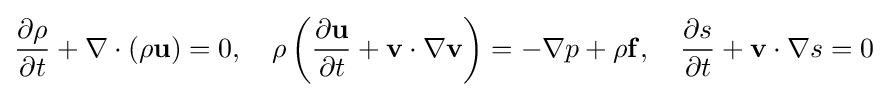
{\frac {\partial \rho }{\partial t}}+\nabla \cdot (\rho \mathbf {u} )=0,\quad \rho \left({\frac {\partial \mathbf {u} }{\partial t}}+\mathbf {v} \cdot \nabla \mathbf {v} \right)=-\nabla p+\rho \mathbf {f} ,\quad {\frac {\partial s}{\partial t}}+\mathbf {v} \cdot \nabla s=0